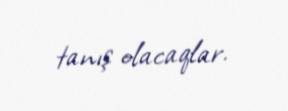
tanış olacaqlar.